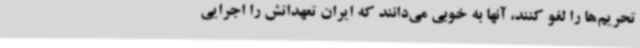
تحریم‌ها را لغو کنند، آنها به خوبی می‌دانند که ایران تعهداتش را اجرایی